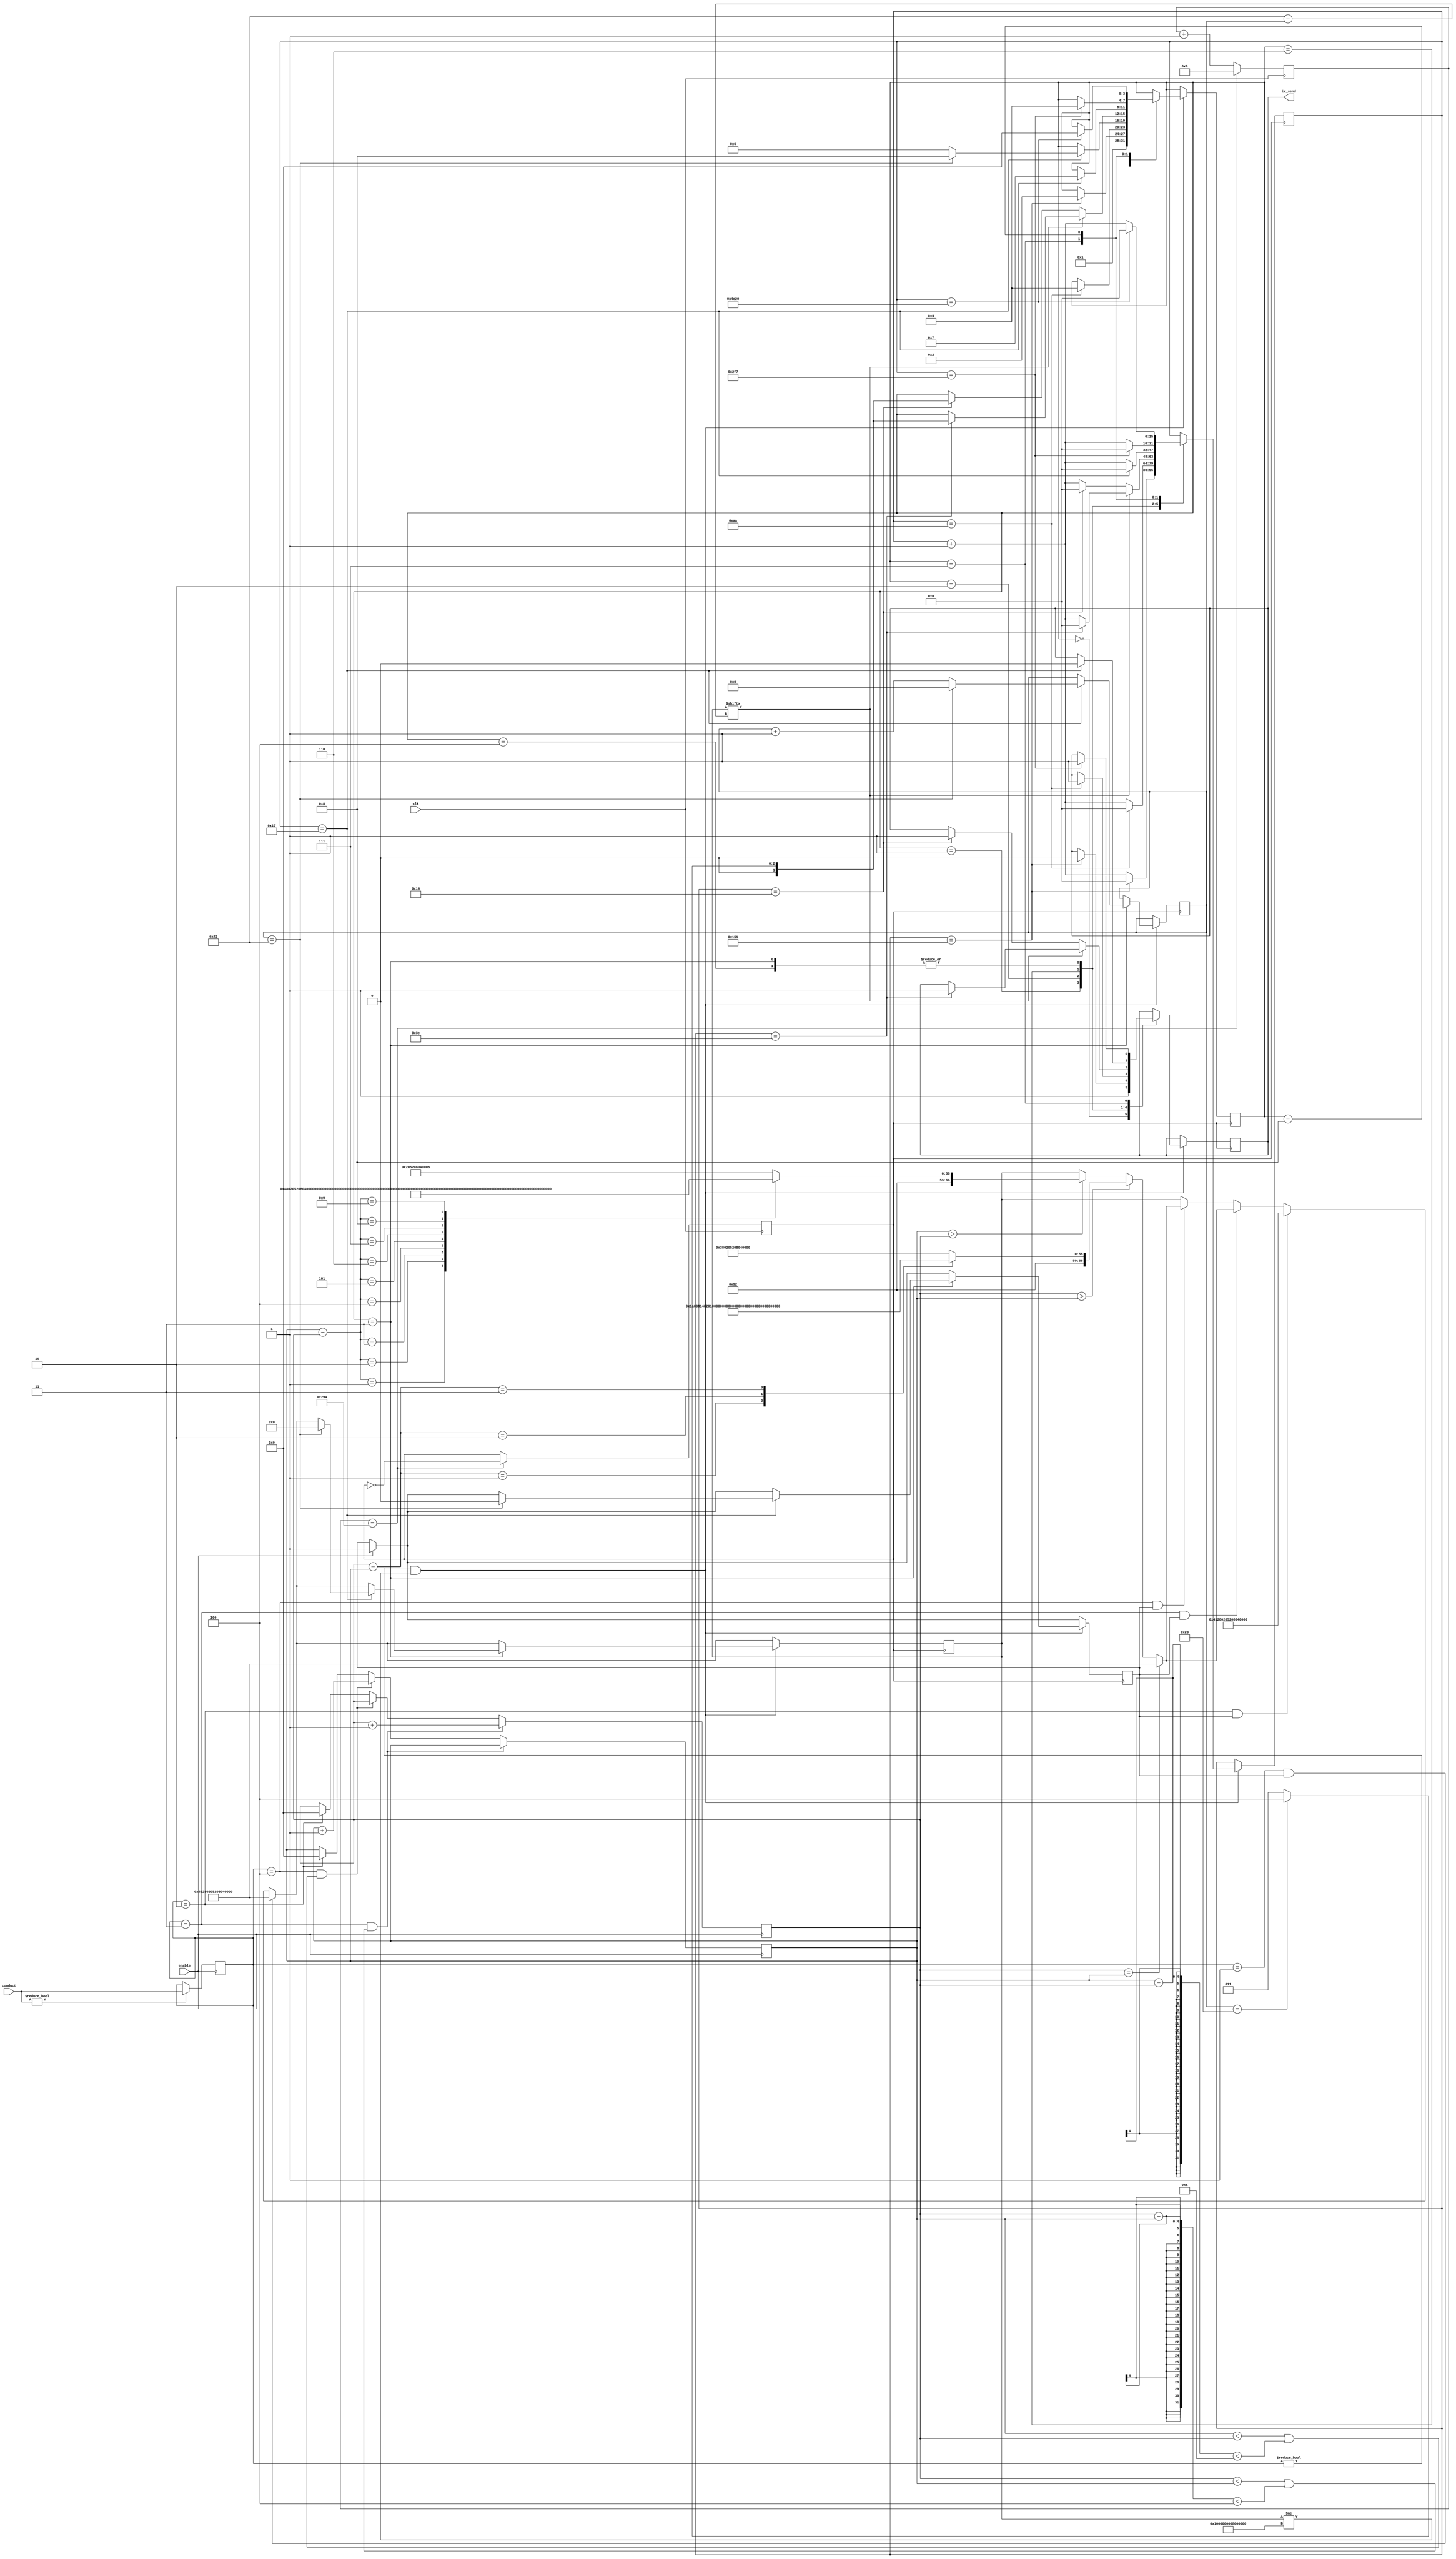
module IRtest(clk,enable,conduct,ir_send);

	parameter SJQ = 4'b0001 ;  //S9000
	parameter SSQW = 4'b0010; //S4500
	parameter SQLY = 4'b0011; //S7001
	parameter SQLE = 4'b0100; //S7002
	parameter SLOW =  4'b0110; //SLOW
	parameter SLW = 4'b0111;   //S20000
	parameter Skong = 4'b0000; //Skong
	parameter SIDLE  = 4'b1000; //idle


	input clk ;
	input enable;
	input [2:0]conduct ;//000->idle;001->open;002->close;003->up;004->down//

	output reg ir_send;

	reg clk_r;
	reg [2:0]conductreg;//000->idle;001->open;002->close;003->up;004->down//
	reg [11:0] clk_r_cnt;
	reg [15:0] cnt_time;
	reg [7:0] cnt_num;
	reg [3:0]state;
	reg [3:0]uptemp;
	reg [3:0]downtemp;
	reg [66:0]senddata;
	reg idle;
	reg temp;

	reg [66:0]close;
	reg [66:0]open;
	reg [66:0]zero;
	reg [66:0]sixteen;//16
	reg [66:0]seventeen;//17
	reg [66:0]eighteen;//18.etc
	reg [66:0]nineteen;
	reg [66:0]twenty;
	reg [66:0]twentyone;
	reg [66:0]twentytwo;
	reg [66:0]twentythr;
	reg [66:0]twentyfor;
	reg [66:0]twentyfif;
	reg [66:0]twentysix;
	reg [66:0]twentysev;
	reg [66:0]twentyeig;
	reg [66:0]twentynin;
	reg [66:0]thirty;

	initial 
	begin
	close     =67'b1000_0010_0101_0000_0000_0100_0000_1010_010_0000_1000_0000_0100_0000_0000_0000_0001;
	open      =67'b1001_0010_0101_0000_0000_0100_0000_1010_010_0000_1000_0000_0100_0000_0000_0000_0000;
	senddata  =67'b0000_0010_0000_0000_0000_0000_0000_0000_000_0000_1000_0000_0000_0000_0000_0000_0000;
	zero      =67'b0000_0010_0000_0000_0000_0000_0000_0000_000_0000_1000_0000_0000_0000_0000_0000_0000;

	sixteen   =67'b1001_0010_0000_0000_0000_0100_0000_1010_010_0000_1000_0000_0100_0000_0000_0000_0110;
	seventeen =67'b1001_0010_1000_0000_0000_0100_0000_1010_010_0000_1000_0000_0100_0000_0000_0000_1110;
	eighteen  =67'b1001_0010_0100_0000_0000_0100_0000_1010_010_0000_1000_0000_0100_0000_0000_0000_0001;
	nineteen  =67'b1001_0010_1100_0000_0000_0100_0000_1010_010_0000_1000_0000_0100_0000_0000_0000_1001;
	twenty    =67'b1001_0010_0010_0000_0000_0100_0000_1010_010_0000_1000_0000_0100_0000_0000_0000_0101;
	twentyone =67'b1001_0010_1010_0000_0000_0100_0000_1010_010_0000_1000_0000_0100_0000_0000_0000_1101;
	twentytwo =67'b1001_0010_0110_0000_0000_0100_0000_1010_010_0000_1000_0000_0100_0000_0000_0000_0011;
	twentythr =67'b1001_0010_1110_0000_0000_0100_0000_1010_010_0000_1000_0000_0100_0000_0000_0000_1011;
	twentyfor =67'b1001_0010_0001_0000_0000_0100_0000_1010_010_0000_1000_0000_0100_0000_0000_0000_0111;
	twentyfif =67'b1001_0010_1001_0000_0000_0100_0000_1010_010_0000_1000_0000_0100_0000_0000_0000_1111;
	twentysix =67'b1001_0010_0101_0000_0000_0100_0000_1010_010_0000_1000_0000_0100_0000_0000_0000_0000;
	twentysev =67'b1001_0010_1101_0000_0000_0100_0000_1010_010_0000_1000_0000_0100_0000_0000_0000_1000;
	twentyeig =67'b1001_0010_0011_0000_0000_0100_0000_1010_010_0000_1000_0000_0100_0000_0000_0000_0100;
	twentynin =67'b1001_0010_1011_0000_0000_0100_0000_1010_010_0000_1000_0000_0100_0000_0000_0000_1100;
	thirty    =67'b1001_0010_0111_0000_0000_0100_0000_1010_010_0000_1000_0000_0100_0000_0000_0000_0010;


	state=4'b0000;
	cnt_time=16'b0;
	cnt_num=8'b0;
	clk_r=0;
	clk_r_cnt=12'b0;
	idle = 1;
	ir_send=0;
	conductreg=0;
	uptemp=0;
	downtemp=0;
	temp =0;
	end
	
	always@(posedge clk )
	begin
		if(clk_r_cnt==660)
		begin
			clk_r <= ~clk_r;
			clk_r_cnt <= 12'b0;
		end
		else clk_r_cnt <= clk_r_cnt+1;
	end
	
	always@(posedge enable)
	begin
		if(conduct!=0)
		conductreg <= conduct;
	end
	
	always@(negedge enable)
	begin
		if(conductreg==3&&(uptemp<downtemp||uptemp-downtemp<4))uptemp<=uptemp+1;
		else if (conductreg==4&&(downtemp<uptemp||downtemp-uptemp<10))downtemp<=downtemp+1;
		else if (conductreg==2)
		begin
			downtemp<=0;
			uptemp<=0;
		end
	end
	
	always@(posedge clk_r)
	begin
		if(enable==1)temp<=1;
		if(conductreg==1&&temp!=0)senddata<=open;
		else if(conductreg==2&&temp!=0)
		begin
			senddata<=close;
		end
		else if(conductreg==3&&temp!=0)
		begin
			if(uptemp==downtemp)senddata<=twentysix;
			else if(uptemp>downtemp)
			begin
				case(uptemp-downtemp)
				4'b0001:senddata<=twentysev;
				4'b0010:senddata<=twentyeig;
				4'b0011:senddata<=twentynin;
				4'b0100:senddata<=thirty;
				default:senddata<=thirty;
				endcase
			end
			else if(downtemp>uptemp)
			begin
				case(downtemp-uptemp)
				4'b0001:senddata<=twentyfif;
				4'b0010:senddata<=twentyfor;
				4'b0011:senddata<=twentythr;
				4'b0100:senddata<=twentytwo;
				4'b0101:senddata<=twentyone;
				4'b0110:senddata<=twenty;
				4'b0111:senddata<=nineteen;
				4'b1000:senddata<=eighteen;
				4'b1001:senddata<=seventeen;
				4'b1010:senddata<=sixteen;
				default:senddata<=sixteen;
				endcase
			end
			
		end
		else if(conductreg==4&&temp!=0)
		begin
			if(uptemp==downtemp)senddata<=twentysix;
			else if(uptemp>downtemp)
			begin
				case(uptemp-downtemp)
				4'b0001:senddata<=twentysev;
				4'b0010:senddata<=twentyeig;
				4'b0011:senddata<=twentynin;
				4'b0100:senddata<=thirty;
				default:senddata<=thirty;
				endcase
			end
			else if(downtemp>uptemp)
			begin
				case(downtemp-uptemp)
				4'b0001:senddata<=twentyfif;
				4'b0010:senddata<=twentyfor;
				4'b0011:senddata<=twentythr;
				4'b0100:senddata<=twentytwo;
				4'b0101:senddata<=twentyone;
				4'b0110:senddata<=twenty;
				4'b0111:senddata<=nineteen;
				4'b1000:senddata<=eighteen;
				4'b1001:senddata<=seventeen;
				4'b1010:senddata<=sixteen;
				default:senddata<=sixteen;
				endcase
			end
			
		end

		if((conductreg!=0)&&(senddata!=zero))//start
		begin
			case(state)
				Skong:
				begin
					state <= SJQ;
					ir_send<=1;
					idle<=0;
				end

				SJQ:
				begin
					cnt_time<=cnt_time+1;
					if(cnt_time==337)
					begin
						cnt_time<=0;
						ir_send<=0;
						state<=SSQW;
					end
				end

				SSQW:
				begin
					cnt_time<=cnt_time+1;
					if(cnt_time==170)
					begin
						cnt_time<=0;
						ir_send<=1;
						state<=SQLY;
					end
				end

				SQLY:
				begin
					cnt_time<=cnt_time+1;
					if(cnt_time==23)
					begin
						if(cnt_num==67)
						begin
							cnt_num<=0;
							cnt_time<=0;
							ir_send<=0;
							state<=SIDLE;
							idle<=1;
							senddata<=67'b0000_0000_0000_0000_0000_0000_0000_0000_000_0000_0000_0000_0000_0000_0000_0000_0000;
							temp <=0;
						end
						else
						begin
							cnt_time<=0;
							ir_send<=0;
							state<=SLOW;
							cnt_num<=cnt_num+1;
						end
					end
				end

				SLOW:
				begin
					if(senddata[67-cnt_num]==1)
					begin
						cnt_time<=cnt_time+1;
						if(cnt_time==62)
						begin
							cnt_time<=0;
							ir_send<=1;
							if(cnt_num == 35)
							state<=SQLE;
							else state<=SQLY;
						end
					end
					else if(senddata[67-cnt_num]==0)
					begin
						cnt_time<=cnt_time+1;
						if(cnt_time==20)
						begin
							cnt_time<=0;
							ir_send<=1;
							if(cnt_num == 35)
							state<=SQLE;
							else state<=SQLY;
						end
					end
				end

				SQLE:
				begin
					cnt_time<=cnt_time+1;
					if(cnt_time==23)
					begin
						cnt_time<=0;
						ir_send<=0;
						state<=SLW;
					end
				end

				SLW:
				begin
					cnt_time<=cnt_time+1;
					if(cnt_time==759)
					begin
						cnt_time<=0;
						ir_send<=1;
						state<=SQLY;
					end
				end
				
				SIDLE:
				begin
					cnt_time<=cnt_time+1;
					if(cnt_time==20000)
					begin
						cnt_time<=0;
						state<=Skong;
					end
				end

				default;
			endcase
		end
	end
endmodule